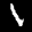
Label: 1